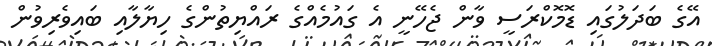
އޭގެ ބަދަލުގައި ޑޮމޮކްރަސީ ވާން ޖެހޭނީ އެ ގައުމެއްގެ ރައްޔިތުންގެ ހިޔާލާއި ބައިވެރިވުން